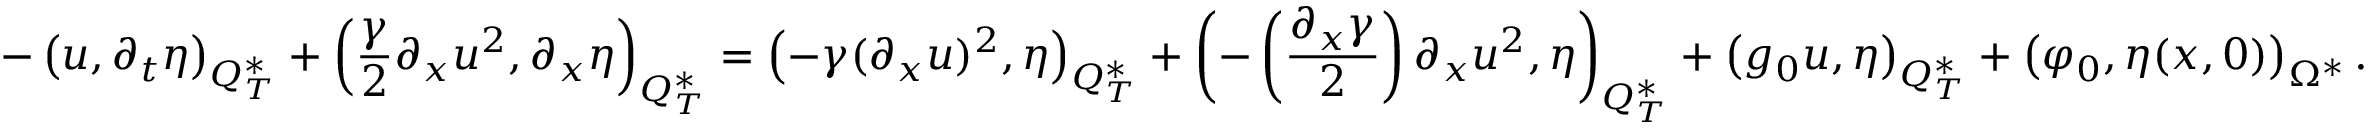
- \left( u , \partial _ { t } \eta \right) _ { Q _ { T } ^ { * } } + \left( \frac { \gamma } { 2 } \partial _ { x } u ^ { 2 } , \partial _ { x } \eta \right) _ { Q _ { T } ^ { * } } = \left( - \gamma ( \partial _ { x } u ) ^ { 2 } , \eta \right) _ { Q _ { T } ^ { * } } + \left( - \left( \frac { \partial _ { x } \gamma } { 2 } \right) \partial _ { x } u ^ { 2 } , \eta \right) _ { Q _ { T } ^ { * } } + \left( g _ { 0 } u , \eta \right) _ { Q _ { T } ^ { * } } + \left( \varphi _ { 0 } , \eta ( x , 0 ) \right) _ { \Omega ^ { * } } .